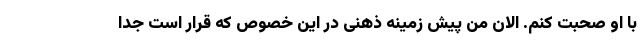
با او صحبت کنم. الان من پیش زمینه ذهنی در این خصوص که قرار است جدا